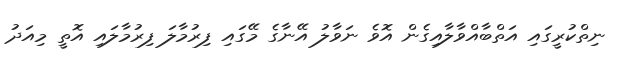
ނިތްކުރީގައި އަތްބާއްވާލާއިގެން އޮވެ ނަވާލު އޭނާގެ މޭގައި ފިރުމާލަ ފިރުމާލައި އޮތީ މިއަދު